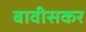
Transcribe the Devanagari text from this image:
बावीसकर